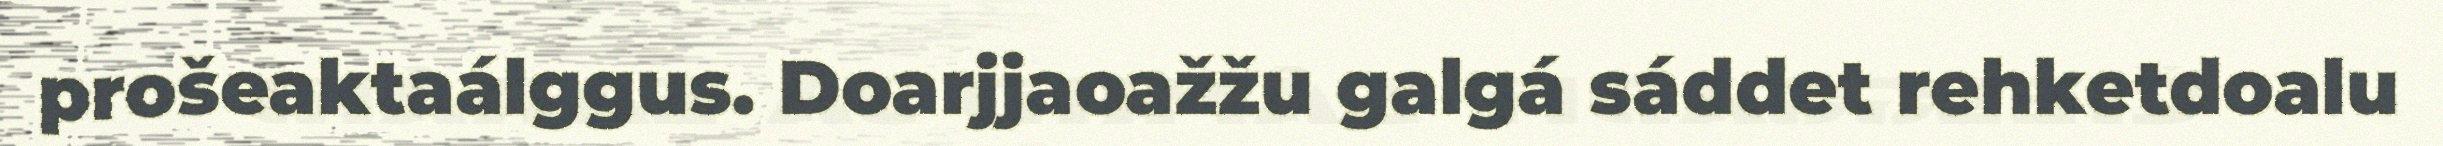
prošeaktaálggus. Doarjjaoažžu galgá sáddet rehketdoalu